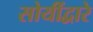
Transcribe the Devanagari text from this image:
सोयींद्वारे